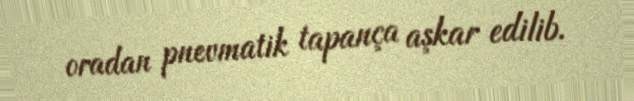
oradan pnevmatik tapança aşkar edilib.